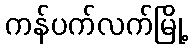
ကန်ပက်လက်မြို့